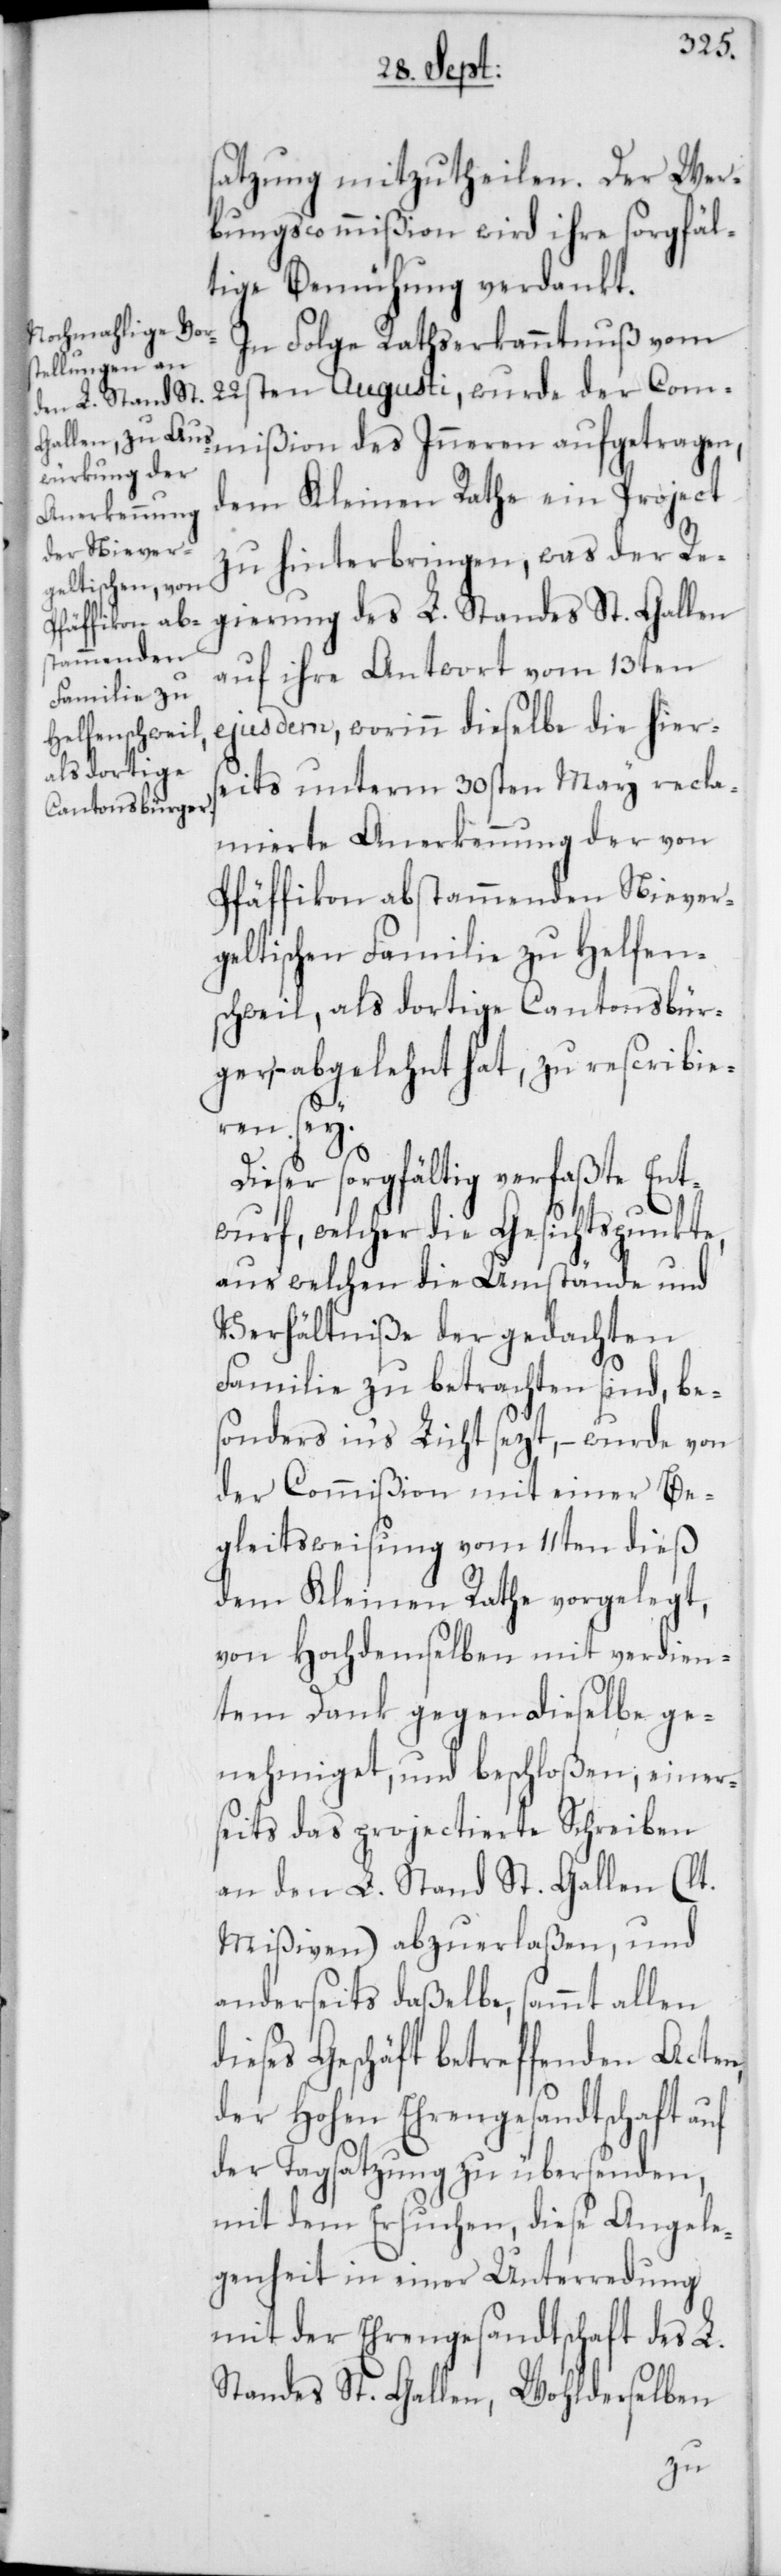
ßion des
satzung mitzutheilen. Der Wer¬
bungscommißion wird ihre sorgfäl¬
tige Bemühung verdankt.
In Folge Rathserkanntnuß vom
22sten Augusti, wurde der Commi¬
dem Kleinen Rathe ein Project
zu hinterbringen, was der Re¬
gierung des L. Standes St. Gallen
auf ihre Antwort vom 13ten
ejusdem, worinn dieselbe die hiers¬
eits unterm 30sten May recla¬
mierte Anerkennung der von
Pfäffikon abstammenden Niever¬
geltischen Familie zu Helfen¬
schweil, als dortige Cantonsbürg¬
er, – abgelehnt hat, zu rescribie¬
ren sey.
Dieser sorgfältig verfaßte Ent¬
wurf, welcher die Gesichtspunkte,
aus welchen die Umstände und
Verhältniße der gedachten
Familie zu betrachten sind, be¬
sonders in‘s Licht sezt, – wurde von
der Commißion mit einer Be¬
gleitsweisung vom 11ten dieß
dem Kleinen Rathe vorgelegt,
von Hochdemselben mit verdien¬
tem Dank gegen dieselbe ge¬
nehmiget, und beschloßen, einer¬
seits das projectierte Schreiben
an den L. Stand St. Gallen (lt.
Mißiven) abzuerlaßen, und
anderseits daßelbe, sammt allen
dieses Geschäft betreffenden Acten,
der Hohen Ehrengesandtschaft auf
der Tagsatzung zu übersenden,
mit dem Ersuchen, diese Angele¬
genheit in einer Unterredung
mit der Ehrengesandtschaft des L.
Standes St. Gallen, Wohlderselben